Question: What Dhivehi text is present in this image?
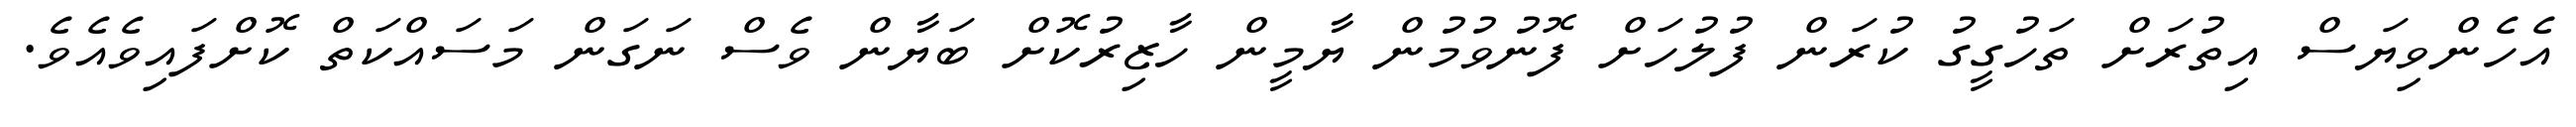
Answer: އެހެންވިޔަސް އިތުރަށް ތަހުގީގު ކުރަން ފުލުހަށް ފޮނުވުމުން ޔާމީން ހާޒިރުކޮށް ބަޔާން ވެސް ނަގަން މަސައްކަތް ކޮށްފައިވެއެވެ.